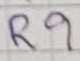
Text: R9